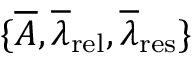
\{ \overline { { A } } , \overline { { \lambda } } _ { \mathrm { { r e l } } } , \overline { { \lambda } } _ { \mathrm { { r e s } } } \}